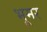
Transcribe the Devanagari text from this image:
भूमर